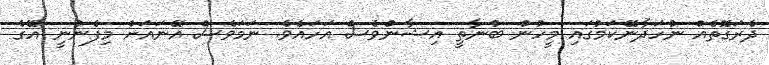
ދެރަގޮތެއް ނުހަދާނޭކަމުގައި މީހުން ބުނާތީ އިޝާންވެސް އަހައެވެ. ނަމަވެސް އޭނައަށް މިފެނުނީ އޭގެ